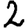
Digit: 2